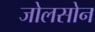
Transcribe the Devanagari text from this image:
जोलसोन